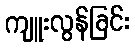
ကျူးလွန်ခြင်း